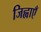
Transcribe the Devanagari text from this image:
जिह्वाएँ